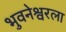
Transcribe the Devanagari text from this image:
भुवनेश्वरला